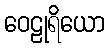
ဝေဠုရိယော